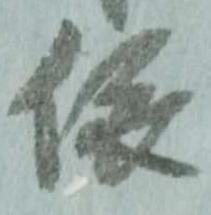
依